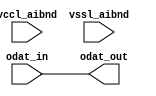
// This program was cloned from: https://github.com/chipsalliance/aib-phy-hardware
// License: Apache License 2.0

// SPDX-License-Identifier: Apache-2.0
// Copyright (C) 2019 Intel Corporation. 
module aibnd_rxdat_mimic (
	input wire vccl_aibnd,
	input wire vssl_aibnd,
	input wire odat_in,
	output wire odat_out
);

assign odat_out = odat_in;

endmodule